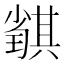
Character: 𡮴